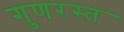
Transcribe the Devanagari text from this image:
गुणरस्त